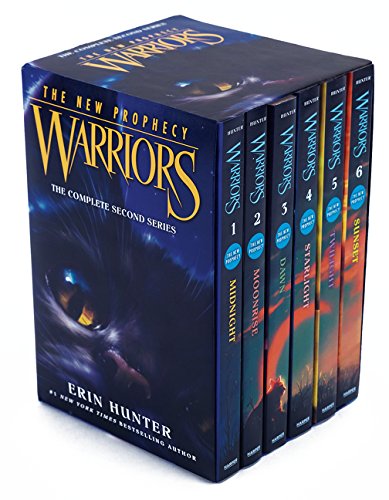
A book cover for Warriors: The New Prophecy Box Set: Volumes 1 to 6: The Complete Second Series; Erin Hunter; Children's Books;